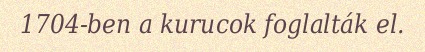
1704-ben a kurucok foglalták el.